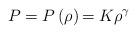
LaTeX: \begin{align*}P={\normalsize P}\left( \rho\right) {\normalsize =K\rho}^{\gamma}\end{align*}